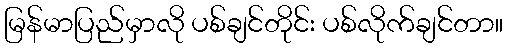
မြန်မာပြည်မှာလို ပစ်ချင်တိုင်း ပစ်လိုက်ချင်တာ။